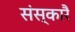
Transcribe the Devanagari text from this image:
संस्कारै